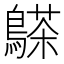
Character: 𪄦